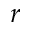
r